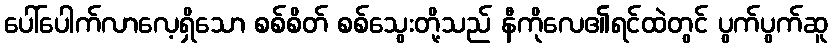
ပေါ်ပေါက်လာလေ့ရှိသော စစ်စိတ် စစ်သွေးတို့သည် နီကိုလေ၏ရင်ထဲတွင် ပွက်ပွက်ဆူ